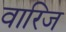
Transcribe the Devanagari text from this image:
वारिज